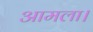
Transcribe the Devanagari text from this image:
आमला।